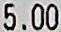
5.00